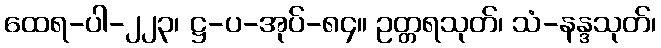
ထေရ-ပါ-၂၂၃၊ ဋ္ဌ-ပ-အုပ်-၈၄။ ဥတ္တရသုတ်၊ သံ-နန္ဒသုတ်၊